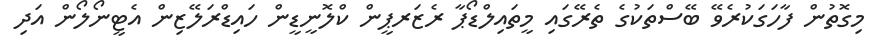
މިގޮތުން ފާހަގަކުރެވޭ ބޭސްތަކުގެ ތެރޭގައި މީތައިލްޑޯޕާ ރެޒަރޕީން ކްލޮނީޑީން ހައިޑްރަލޭޒިން އެޓީނޯލޯން އަދި